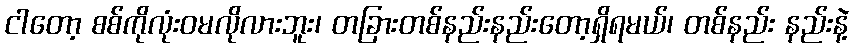
ငါတော့ စစ်ကိုလုံးဝမလိုလားဘူး၊ တခြားတစ်နည်းနည်းတော့ရှိရမယ်၊ တစ်နည်း နည်းနဲ့